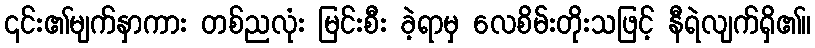
၎င်း၏မျက်နှာကား တစ်ညလုံး မြင်းစီး ခဲ့ရာမှ လေစိမ်းတိုးသဖြင့် နီရဲလျက်ရှိ၏။